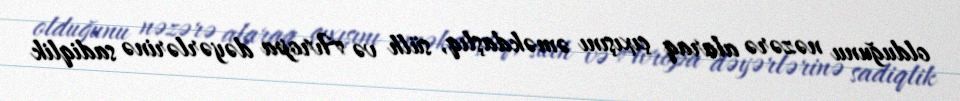
olduğunu nəzərə alaraq çıxışını əməkdaşlıq, sülh və Avropa dəyərlərinə sadiqlik